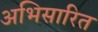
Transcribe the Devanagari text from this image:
अभिसारित